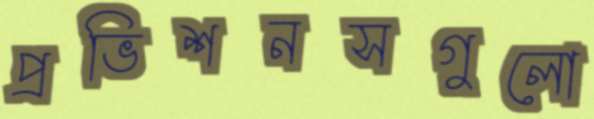
প্রভিশনসগুলো